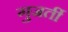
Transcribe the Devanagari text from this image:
गुजर्ती